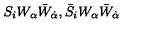
S _ { i } W _ { \alpha } \bar { W } _ { \dot { \alpha } } , \bar { S } _ { i } W _ { \alpha } \bar { W } _ { \dot { \alpha } }